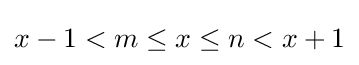
x-1<m\leq x\leq n<x+1